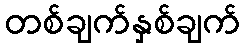
တစ်ချက်နှစ်ချက်